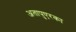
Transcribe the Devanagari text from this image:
अतापुएरका